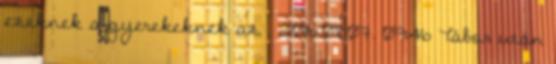
ezeknek a gyerekeknek az . 2016.08.07. 09:46 Tábor után